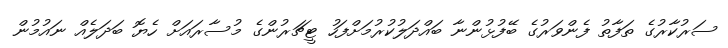
ސަރުކާރުގެ ތަފާތު ފެންވަރުގެ ބޭފުޅުންނާ ބައްދަލުކުރުމަށްފަހު ޓީޗަރުންގެ މުސާރައަށް ހެޔޮ ބަދަލެއް ނައުމުން